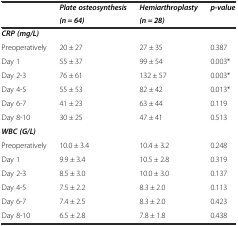
<table><thead><tr><td rowspan="2"></td><td><b><i>Plate osteosynthesis</i></b></td><td><b><i>Hemiarthroplasty</i></b></td><td rowspan="2"><b><i>p-value</i></b></td></tr><tr><td><b><i>(n = 64)</i></b></td><td><b><i>(n = 28)</i></b></td></tr></thead><tbody><tr><td><b><i>CRP (mg/L)</i></b></td><td></td><td></td><td></td></tr><tr><td>Preoperatively</td><td>20 ± 27</td><td>27 ± 35</td><td>0.387</td></tr><tr><td>Day 1</td><td>55 ± 37</td><td>99 ± 54</td><td>0.003*</td></tr><tr><td>Day 2-3</td><td>76 ± 61</td><td>132 ± 57</td><td>0.003*</td></tr><tr><td>Day 4-5</td><td>55 ± 53</td><td>82 ± 42</td><td>0.013*</td></tr><tr><td>Day 6-7</td><td>41 ± 23</td><td>63 ± 44</td><td>0.119</td></tr><tr><td>Day 8-10</td><td>30 ± 25</td><td>47 ± 41</td><td>0.513</td></tr><tr><td><b><i>WBC (G/L)</i></b></td><td></td><td></td><td></td></tr><tr><td>Preoperatively</td><td>10.0 ± 3.4</td><td>10.4 ± 3.2</td><td>0.248</td></tr><tr><td>Day 1</td><td>9.9 ± 3.4</td><td>10.5 ± 2.8</td><td>0.319</td></tr><tr><td>Day 2-3</td><td>8.5 ± 3.0</td><td>10.0 ± 3.0</td><td>0.137</td></tr><tr><td>Day 4-5</td><td>7.5 ± 2.2</td><td>8.3 ± 2.0</td><td>0.113</td></tr><tr><td>Day 6-7</td><td>7.4 ± 2.5</td><td>8.3 ± 2.0</td><td>0.423</td></tr><tr><td>Day 8-10</td><td>6.5 ± 2.8</td><td>7.8 ± 1.8</td><td>0.438</td></tr></tbody></table>